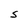
Character: S